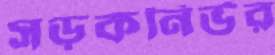
সড়কনির্ভর